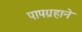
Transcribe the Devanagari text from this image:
पापग्रहाने